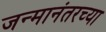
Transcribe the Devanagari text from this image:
जन्मानंतरच्या